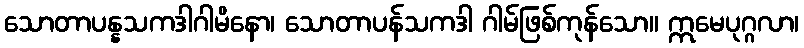
သောတာပန္နသကဒါဂါမိနော၊ သောတာပန်သကဒါ ဂါမ်ဖြစ်ကုန်သော။ ဣမေပုဂ္ဂလာ၊